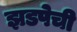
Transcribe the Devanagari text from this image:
झडपेची